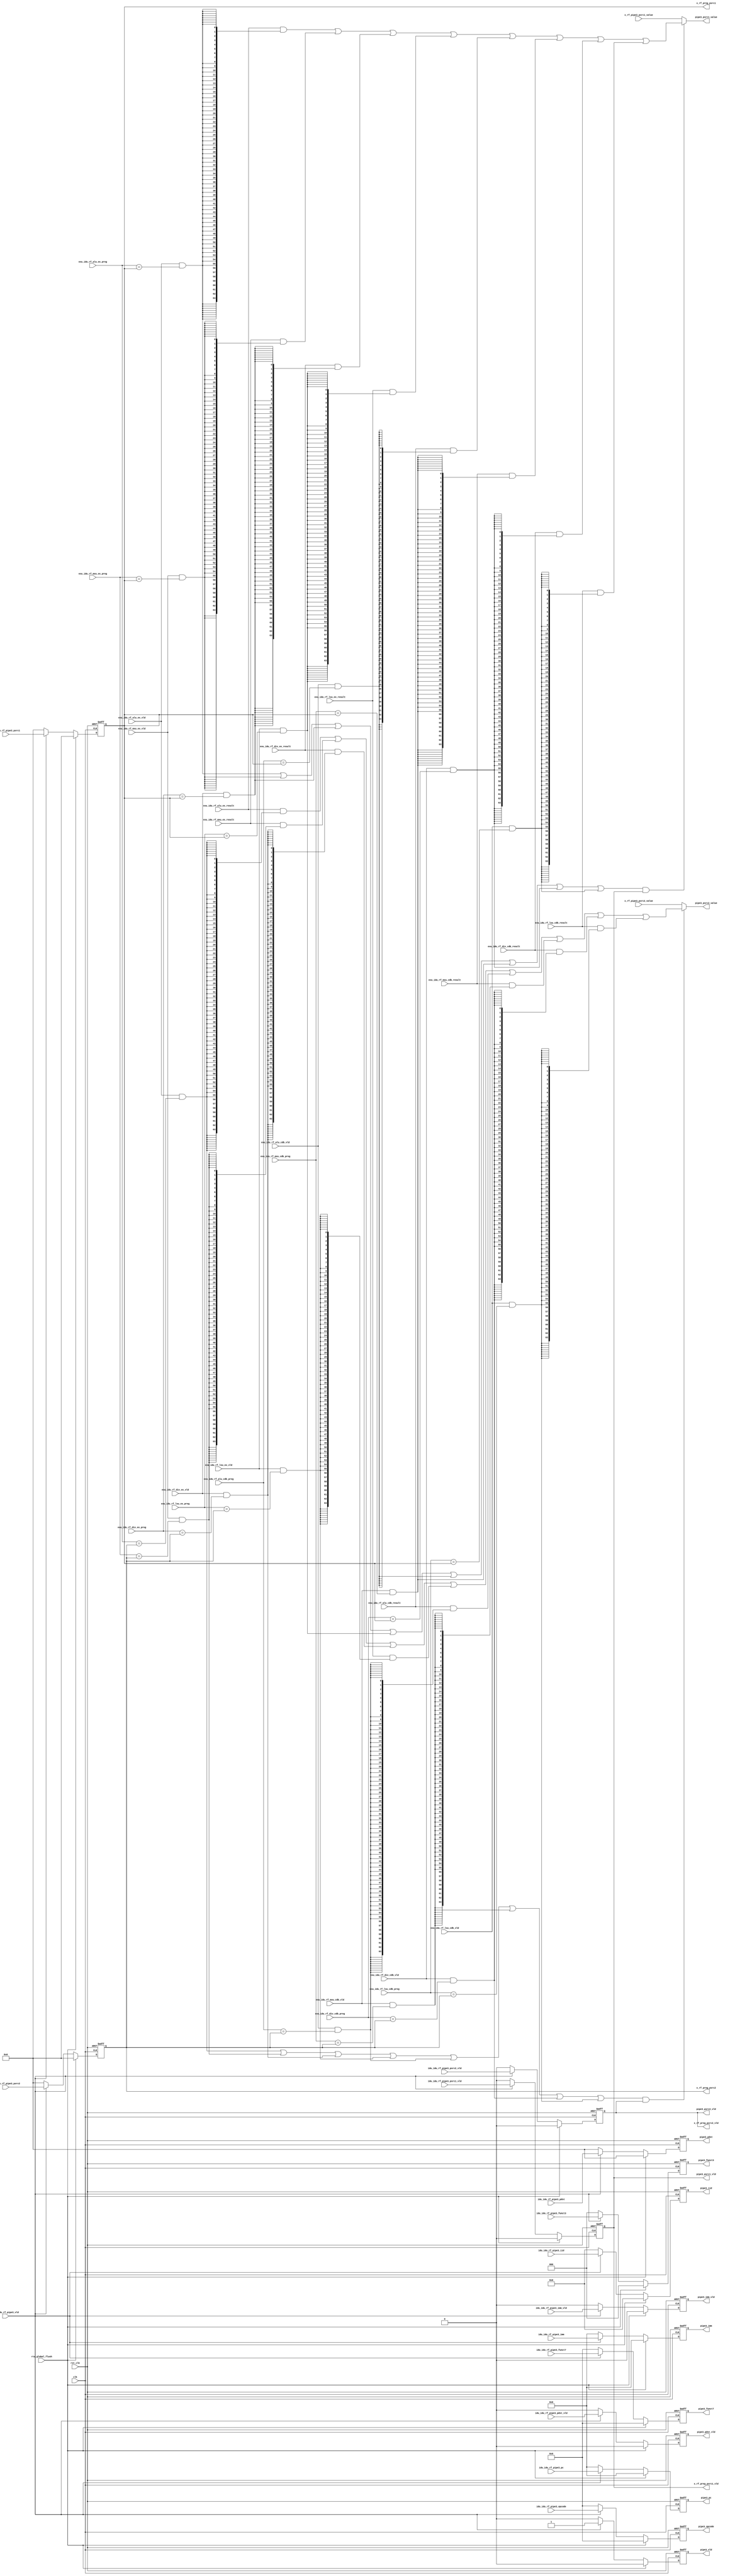
module idu_rf_pipe3 (
    clk,
    rst_clk,
    rtu_global_flush,
    idu_idu_rf_pipe3_vld,
    idu_idu_rf_pipe3_iid,
    idu_idu_rf_pipe3_opcode,
    idu_idu_rf_pipe3_funct7,
    idu_idu_rf_pipe3_funct3,
    idu_idu_rf_pipe3_pc,
    idu_idu_rf_pipe3_psrc1_vld,
    idu_idu_rf_pipe3_psrc1,
    idu_idu_rf_pipe3_psrc2_vld,
    idu_idu_rf_pipe3_psrc2,
    idu_idu_rf_pipe3_pdst_vld,
    idu_idu_rf_pipe3_pdst,
    idu_idu_rf_pipe3_imm_vld,
    idu_idu_rf_pipe3_imm,
    exu_idu_rf_alu_ex_vld,
    exu_idu_rf_alu_ex_preg,
    exu_idu_rf_alu_ex_result,
    exu_idu_rf_mxu_ex_vld,
    exu_idu_rf_mxu_ex_preg,
    exu_idu_rf_mxu_ex_result,
    exu_idu_rf_div_ex_vld,
    exu_idu_rf_div_ex_preg,
    exu_idu_rf_div_ex_result,
    exu_idu_rf_lsu_ex_vld,
    exu_idu_rf_lsu_ex_preg,
    exu_idu_rf_lsu_ex_result,
    exu_idu_rf_alu_cdb_vld,
    exu_idu_rf_alu_cdb_preg,
    exu_idu_rf_alu_cdb_result,
    exu_idu_rf_mxu_cdb_vld,
    exu_idu_rf_mxu_cdb_preg,
    exu_idu_rf_mxu_cdb_result,
    exu_idu_rf_div_cdb_vld,
    exu_idu_rf_div_cdb_preg,
    exu_idu_rf_div_cdb_result,
    exu_idu_rf_lsu_cdb_vld,
    exu_idu_rf_lsu_cdb_preg,
    exu_idu_rf_lsu_cdb_result,
    x_rf_pipe3_psrc1_value,
    x_rf_pipe3_psrc2_value,
    x_rf_preg_psrc1_vld,
    x_rf_preg_psrc1,
    x_rf_preg_psrc2_vld,
    x_rf_preg_psrc2,
    pipe3_vld,
    pipe3_iid,
    pipe3_opcode,
    pipe3_funct7,
    pipe3_funct3,
    pipe3_pc,
    pipe3_psrc1_vld,
    pipe3_psrc1_value,
    pipe3_psrc2_vld,
    pipe3_psrc2_value,
    pipe3_pdst_vld,
    pipe3_pdst,
    pipe3_imm_vld,
    pipe3_imm
);
    // &Ports;
    input         clk;
    input         rst_clk;
    input         rtu_global_flush;
    input         idu_idu_rf_pipe3_vld;
    input  [4 :0] idu_idu_rf_pipe3_iid;
    input  [6 :0] idu_idu_rf_pipe3_opcode;
    input  [6 :0] idu_idu_rf_pipe3_funct7;
    input  [2 :0] idu_idu_rf_pipe3_funct3;
    input  [63:0] idu_idu_rf_pipe3_pc;
    input         idu_idu_rf_pipe3_psrc1_vld;
    input  [5 :0] idu_idu_rf_pipe3_psrc1;
    input         idu_idu_rf_pipe3_psrc2_vld;
    input  [5 :0] idu_idu_rf_pipe3_psrc2;
    input         idu_idu_rf_pipe3_pdst_vld;
    input  [5 :0] idu_idu_rf_pipe3_pdst;
    input         idu_idu_rf_pipe3_imm_vld;
    input  [63:0] idu_idu_rf_pipe3_imm;
    input         exu_idu_rf_alu_ex_vld;
    input  [5 :0] exu_idu_rf_alu_ex_preg;
    input  [63:0] exu_idu_rf_alu_ex_result;
    input         exu_idu_rf_mxu_ex_vld;
    input  [5 :0] exu_idu_rf_mxu_ex_preg;
    input  [63:0] exu_idu_rf_mxu_ex_result;
    input         exu_idu_rf_div_ex_vld;
    input  [5 :0] exu_idu_rf_div_ex_preg;
    input  [63:0] exu_idu_rf_div_ex_result;
    input         exu_idu_rf_lsu_ex_vld;
    input  [5 :0] exu_idu_rf_lsu_ex_preg;
    input  [63:0] exu_idu_rf_lsu_ex_result;
    input         exu_idu_rf_alu_cdb_vld;
    input  [5 :0] exu_idu_rf_alu_cdb_preg;
    input  [63:0] exu_idu_rf_alu_cdb_result;
    input         exu_idu_rf_mxu_cdb_vld;
    input  [5 :0] exu_idu_rf_mxu_cdb_preg;
    input  [63:0] exu_idu_rf_mxu_cdb_result;
    input         exu_idu_rf_div_cdb_vld;
    input  [5 :0] exu_idu_rf_div_cdb_preg;
    input  [63:0] exu_idu_rf_div_cdb_result;
    input         exu_idu_rf_lsu_cdb_vld;
    input  [5 :0] exu_idu_rf_lsu_cdb_preg;
    input  [63:0] exu_idu_rf_lsu_cdb_result;
    input  [63:0] x_rf_pipe3_psrc1_value;
    input  [63:0] x_rf_pipe3_psrc2_value;
    output        x_rf_preg_psrc1_vld;
    output [5 :0] x_rf_preg_psrc1;
    output        x_rf_preg_psrc2_vld;
    output [5 :0] x_rf_preg_psrc2;
    output        pipe3_vld;
    output [4 :0] pipe3_iid;
    output [6 :0] pipe3_opcode;
    output [6 :0] pipe3_funct7;
    output [2 :0] pipe3_funct3;
    output [63:0] pipe3_pc;
    output        pipe3_psrc1_vld;
    output [63:0] pipe3_psrc1_value;
    output        pipe3_psrc2_vld;
    output [63:0] pipe3_psrc2_value;
    output        pipe3_pdst_vld;
    output [5 :0] pipe3_pdst;
    output        pipe3_imm_vld;
    output [63:0] pipe3_imm;

    // &Regs;
    reg        x_rf_preg_psrc1_vld;
    reg [5 :0] x_rf_preg_psrc1;
    reg        x_rf_preg_psrc2_vld;
    reg [5 :0] x_rf_preg_psrc2;
    reg        pipe3_vld;
    reg [4 :0] pipe3_iid;
    reg [6 :0] pipe3_opcode;
    reg [6 :0] pipe3_funct7;
    reg [2 :0] pipe3_funct3;
    reg [63:0] pipe3_pc;
    reg        pipe3_pdst_vld;
    reg [5 :0] pipe3_pdst;
    reg        pipe3_imm_vld;
    reg [63:0] pipe3_imm;

    // &Wires;
    wire        clk;
    wire        rst_clk;
    wire        rtu_global_flush;
    wire        idu_idu_rf_pipe3_vld;
    wire [4 :0] idu_idu_rf_pipe3_iid;
    wire [6 :0] idu_idu_rf_pipe3_opcode;
    wire [6 :0] idu_idu_rf_pipe3_funct7;
    wire [2 :0] idu_idu_rf_pipe3_funct3;
    wire [63:0] idu_idu_rf_pipe3_pc;
    wire        idu_idu_rf_pipe3_psrc1_vld;
    wire [5 :0] idu_idu_rf_pipe3_psrc1;
    wire        idu_idu_rf_pipe3_psrc2_vld;
    wire [5 :0] idu_idu_rf_pipe3_psrc2;
    wire        idu_idu_rf_pipe3_pdst_vld;
    wire [5 :0] idu_idu_rf_pipe3_pdst;
    wire        idu_idu_rf_pipe3_imm_vld;
    wire [63:0] idu_idu_rf_pipe3_imm;
    wire        exu_idu_rf_alu_ex_vld;
    wire [5 :0] exu_idu_rf_alu_ex_preg;
    wire [63:0] exu_idu_rf_alu_ex_result;
    wire        exu_idu_rf_alu_ex_psrc1_match;
    wire        exu_idu_rf_alu_ex_psrc2_match;
    wire        exu_idu_rf_mxu_ex_vld;
    wire [5 :0] exu_idu_rf_mxu_ex_preg;
    wire [63:0] exu_idu_rf_mxu_ex_result;
    wire        exu_idu_rf_mxu_ex_psrc1_match;
    wire        exu_idu_rf_mxu_ex_psrc2_match;
    wire        exu_idu_rf_div_ex_vld;
    wire [5 :0] exu_idu_rf_div_ex_preg;
    wire [63:0] exu_idu_rf_div_ex_result;
    wire        exu_idu_rf_div_ex_psrc1_match;
    wire        exu_idu_rf_div_ex_psrc2_match;
    wire        exu_idu_rf_lsu_ex_vld;
    wire [5 :0] exu_idu_rf_lsu_ex_preg;
    wire [63:0] exu_idu_rf_lsu_ex_result;
    wire        exu_idu_rf_lsu_ex_psrc1_match;
    wire        exu_idu_rf_lsu_ex_psrc2_match;
    wire        exu_idu_rf_alu_cdb_vld;
    wire [5 :0] exu_idu_rf_alu_cdb_preg;
    wire [63:0] exu_idu_rf_alu_cdb_result;
    wire        exu_idu_rf_alu_cdb_psrc1_match;
    wire        exu_idu_rf_alu_cdb_psrc2_match;
    wire        exu_idu_rf_mxu_cdb_vld;
    wire [5 :0] exu_idu_rf_mxu_cdb_preg;
    wire [63:0] exu_idu_rf_mxu_cdb_result;
    wire        exu_idu_rf_mxu_cdb_psrc1_match;
    wire        exu_idu_rf_mxu_cdb_psrc2_match;
    wire        exu_idu_rf_div_cdb_vld;
    wire [5 :0] exu_idu_rf_div_cdb_preg;
    wire [63:0] exu_idu_rf_div_cdb_result;
    wire        exu_idu_rf_div_cdb_psrc1_match;
    wire        exu_idu_rf_div_cdb_psrc2_match;
    wire        exu_idu_rf_lsu_cdb_vld;
    wire [5 :0] exu_idu_rf_lsu_cdb_preg;
    wire [63:0] exu_idu_rf_lsu_cdb_result;
    wire        exu_idu_rf_lsu_cdb_psrc1_match;
    wire        exu_idu_rf_lsu_cdb_psrc2_match;
    wire        forward_psrc1_match;
    wire        forward_psrc2_match;
    wire [63:0] x_rf_pipe3_psrc1_value;
    wire [63:0] x_rf_pipe3_psrc2_value;
    wire        pipe3_psrc1_vld;
    wire [63:0] pipe3_psrc1_value;
    wire        pipe3_psrc2_vld;
    wire [63:0] pipe3_psrc2_value;

    always @(posedge clk or negedge rst_clk)
    begin
        if (!rst_clk) begin
            pipe3_vld           <= 0;
            pipe3_iid           <= 0;
            pipe3_opcode        <= 0;
            pipe3_funct7        <= 0;
            pipe3_funct3        <= 0;
            pipe3_pc            <= 0;
            x_rf_preg_psrc1_vld <= 0;
            x_rf_preg_psrc1     <= 0;
            x_rf_preg_psrc2_vld <= 0;
            x_rf_preg_psrc2     <= 0;
            pipe3_pdst_vld      <= 0;
            pipe3_pdst          <= 0;
            pipe3_imm_vld       <= 0;
            pipe3_imm           <= 0;
        end
        else if (rtu_global_flush) begin
            pipe3_vld           <= 0;
            pipe3_iid           <= 0;
            pipe3_opcode        <= 0;
            pipe3_funct7        <= 0;
            pipe3_funct3        <= 0;
            pipe3_pc            <= 0;
            x_rf_preg_psrc1_vld <= 0;
            x_rf_preg_psrc1     <= 0;
            x_rf_preg_psrc2_vld <= 0;
            x_rf_preg_psrc2     <= 0;
            pipe3_pdst_vld      <= 0;
            pipe3_pdst          <= 0;
            pipe3_imm_vld       <= 0;
            pipe3_imm           <= 0;
        end
        else if (idu_idu_rf_pipe3_vld) begin
            pipe3_vld           <= 1;
            pipe3_iid           <= idu_idu_rf_pipe3_iid;
            pipe3_opcode        <= idu_idu_rf_pipe3_opcode;
            pipe3_funct7        <= idu_idu_rf_pipe3_funct7;
            pipe3_funct3        <= idu_idu_rf_pipe3_funct3;
            pipe3_pc            <= idu_idu_rf_pipe3_pc;
            x_rf_preg_psrc1_vld <= idu_idu_rf_pipe3_psrc1_vld;
            x_rf_preg_psrc1     <= idu_idu_rf_pipe3_psrc1;
            x_rf_preg_psrc2_vld <= idu_idu_rf_pipe3_psrc2_vld;
            x_rf_preg_psrc2     <= idu_idu_rf_pipe3_psrc2;
            pipe3_pdst_vld      <= idu_idu_rf_pipe3_pdst_vld;
            pipe3_pdst          <= idu_idu_rf_pipe3_pdst;
            pipe3_imm_vld       <= idu_idu_rf_pipe3_imm_vld;
            pipe3_imm           <= idu_idu_rf_pipe3_imm;
        end
        else begin
            pipe3_vld           <= 0;
            pipe3_iid           <= 0;
            pipe3_opcode        <= 0;
            pipe3_funct7        <= 0;
            pipe3_funct3        <= 0;
            pipe3_pc            <= 0;
            x_rf_preg_psrc1_vld <= 0;
            x_rf_preg_psrc1     <= 0;
            x_rf_preg_psrc2_vld <= 0;
            x_rf_preg_psrc2     <= 0;
            pipe3_pdst_vld      <= 0;
            pipe3_pdst          <= 0;
            pipe3_imm_vld       <= 0;
            pipe3_imm           <= 0;
        end
    end

    assign pipe3_psrc1_vld = x_rf_preg_psrc1_vld;
    assign pipe3_psrc2_vld = x_rf_preg_psrc2_vld;

    assign exu_idu_rf_alu_ex_psrc1_match = exu_idu_rf_alu_ex_vld & (exu_idu_rf_alu_ex_preg == x_rf_preg_psrc1);
    assign exu_idu_rf_alu_ex_psrc2_match = exu_idu_rf_alu_ex_vld & (exu_idu_rf_alu_ex_preg == x_rf_preg_psrc2);
    assign exu_idu_rf_mxu_ex_psrc1_match = exu_idu_rf_mxu_ex_vld & (exu_idu_rf_mxu_ex_preg == x_rf_preg_psrc1);
    assign exu_idu_rf_mxu_ex_psrc2_match = exu_idu_rf_mxu_ex_vld & (exu_idu_rf_mxu_ex_preg == x_rf_preg_psrc2);
    assign exu_idu_rf_div_ex_psrc1_match = exu_idu_rf_div_ex_vld & (exu_idu_rf_div_ex_preg == x_rf_preg_psrc1);
    assign exu_idu_rf_div_ex_psrc2_match = exu_idu_rf_div_ex_vld & (exu_idu_rf_div_ex_preg == x_rf_preg_psrc2);
    assign exu_idu_rf_lsu_ex_psrc1_match = exu_idu_rf_lsu_ex_vld & (exu_idu_rf_lsu_ex_preg == x_rf_preg_psrc1);
    assign exu_idu_rf_lsu_ex_psrc2_match = exu_idu_rf_lsu_ex_vld & (exu_idu_rf_lsu_ex_preg == x_rf_preg_psrc2);
    assign exu_idu_rf_alu_cdb_psrc1_match = exu_idu_rf_alu_cdb_vld & (exu_idu_rf_alu_cdb_preg == x_rf_preg_psrc1);
    assign exu_idu_rf_alu_cdb_psrc2_match = exu_idu_rf_alu_cdb_vld & (exu_idu_rf_alu_cdb_preg == x_rf_preg_psrc2);
    assign exu_idu_rf_mxu_cdb_psrc1_match = exu_idu_rf_mxu_cdb_vld & (exu_idu_rf_mxu_cdb_preg == x_rf_preg_psrc1);
    assign exu_idu_rf_mxu_cdb_psrc2_match = exu_idu_rf_mxu_cdb_vld & (exu_idu_rf_mxu_cdb_preg == x_rf_preg_psrc2);
    assign exu_idu_rf_div_cdb_psrc1_match = exu_idu_rf_div_cdb_vld & (exu_idu_rf_div_cdb_preg == x_rf_preg_psrc1);
    assign exu_idu_rf_div_cdb_psrc2_match = exu_idu_rf_div_cdb_vld & (exu_idu_rf_div_cdb_preg == x_rf_preg_psrc2);
    assign exu_idu_rf_lsu_cdb_psrc1_match = exu_idu_rf_lsu_cdb_vld & (exu_idu_rf_lsu_cdb_preg == x_rf_preg_psrc1);
    assign exu_idu_rf_lsu_cdb_psrc2_match = exu_idu_rf_lsu_cdb_vld & (exu_idu_rf_lsu_cdb_preg == x_rf_preg_psrc2);
    assign forward_psrc1_match = exu_idu_rf_alu_ex_psrc1_match
                               | exu_idu_rf_mxu_ex_psrc1_match
                               | exu_idu_rf_div_ex_psrc1_match
                               | exu_idu_rf_lsu_ex_psrc1_match
                               | exu_idu_rf_alu_cdb_psrc1_match
                               | exu_idu_rf_mxu_cdb_psrc1_match
                               | exu_idu_rf_div_cdb_psrc1_match
                               | exu_idu_rf_lsu_cdb_psrc1_match;
    assign forward_psrc2_match = exu_idu_rf_alu_ex_psrc2_match
                               | exu_idu_rf_mxu_ex_psrc2_match
                               | exu_idu_rf_div_ex_psrc2_match
                               | exu_idu_rf_lsu_ex_psrc2_match
                               | exu_idu_rf_alu_cdb_psrc2_match
                               | exu_idu_rf_mxu_cdb_psrc2_match
                               | exu_idu_rf_div_cdb_psrc2_match
                               | exu_idu_rf_lsu_cdb_psrc2_match;

    assign pipe3_psrc1_value = (forward_psrc1_match & x_rf_preg_psrc1_vld) ? (
                                      (exu_idu_rf_alu_ex_result & {64{exu_idu_rf_alu_ex_psrc1_match}})
                                    | (exu_idu_rf_mxu_ex_result & {64{exu_idu_rf_mxu_ex_psrc1_match}})
                                    | (exu_idu_rf_div_ex_result & {64{exu_idu_rf_div_ex_psrc1_match}})
                                    | (exu_idu_rf_lsu_ex_result & {64{exu_idu_rf_lsu_ex_psrc1_match}})
                                    | (exu_idu_rf_alu_cdb_result & {64{exu_idu_rf_alu_cdb_psrc1_match}})
                                    | (exu_idu_rf_mxu_cdb_result & {64{exu_idu_rf_mxu_cdb_psrc1_match}})
                                    | (exu_idu_rf_div_cdb_result & {64{exu_idu_rf_div_cdb_psrc1_match}})
                                    | (exu_idu_rf_lsu_cdb_result & {64{exu_idu_rf_lsu_cdb_psrc1_match}}))
                                    : x_rf_pipe3_psrc1_value;
    assign pipe3_psrc2_value = (forward_psrc2_match & x_rf_preg_psrc2_vld) ? (
                                      (exu_idu_rf_alu_ex_result & {64{exu_idu_rf_alu_ex_psrc2_match}})
                                    | (exu_idu_rf_mxu_ex_result & {64{exu_idu_rf_mxu_ex_psrc2_match}})
                                    | (exu_idu_rf_div_ex_result & {64{exu_idu_rf_div_ex_psrc2_match}})
                                    | (exu_idu_rf_lsu_ex_result & {64{exu_idu_rf_lsu_ex_psrc2_match}})
                                    | (exu_idu_rf_alu_cdb_result & {64{exu_idu_rf_alu_cdb_psrc2_match}})
                                    | (exu_idu_rf_mxu_cdb_result & {64{exu_idu_rf_mxu_cdb_psrc2_match}})
                                    | (exu_idu_rf_div_cdb_result & {64{exu_idu_rf_div_cdb_psrc2_match}})
                                    | (exu_idu_rf_lsu_cdb_result & {64{exu_idu_rf_lsu_cdb_psrc2_match}}))
                                    : x_rf_pipe3_psrc2_value;

endmodule